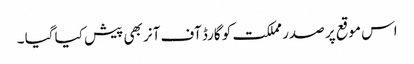
اس موقع پر صدر مملکت کو گارڈ آف آنر بھی پیش کیا گیا ۔